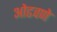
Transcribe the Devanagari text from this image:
ओढवणे